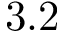
3 . 2